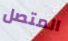
المتصل